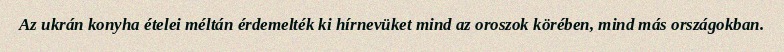
Az ukrán konyha ételei méltán érdemelték ki hírnevüket mind az oroszok körében, mind más országokban.